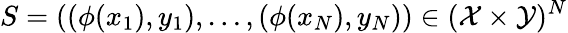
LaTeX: S=((\phi(x_{1}),y_{1}),\dots,(\phi(x_{N}),y_{N}))\in(\mathcal{X}\times\mathcal{Y})^{N}